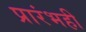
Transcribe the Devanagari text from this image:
प्रारंभही